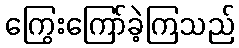
ကြွေးကြော်ခဲ့ကြသည်